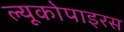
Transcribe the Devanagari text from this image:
ल्यूकोपाइरस